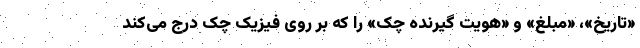
«تاریخ»، «مبلغ» و «هویت گیرنده چک» را که بر روی فیزیک چک درج می‌کند